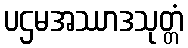
ပဌမအဿာဒသုတ္တံ